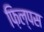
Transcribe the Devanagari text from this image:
फ़िल्पस